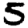
Digit: 5